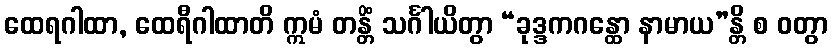
ထေရဂါထာ, ထေရီဂါထာတိ ဣမံ တန္တိံ သင်္ဂါယိတွာ “ခုဒ္ဒကဂန္ထော နာမာယ”န္တိ စ ဝတွာ